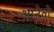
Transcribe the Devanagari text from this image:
आनेतो